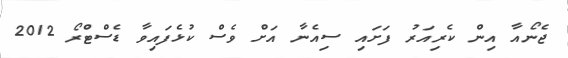
ޖެނޯއާ އިން ކެރިއަރު ފަށައި ސިއެނާ އަށް ވެސް ކުޅެފައިވާ ޑެސްޓްރޯ 2012